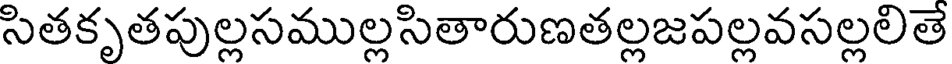
సితకృతపుల్లసముల్లసితారుణతల్లజపల్లవసల్లలితే